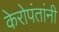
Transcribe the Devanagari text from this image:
केरोपंतांनी